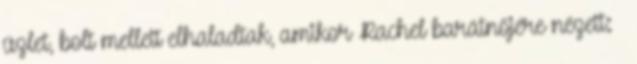
üzlet, bolt mellett elhaladtak, amikor Rachel barátnőjére nézett: –